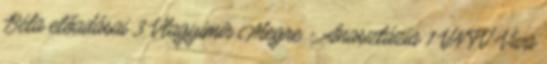
Béla előadásai 3 Vlagyimir Megre - Anasztázia 1 VNTV-Viva